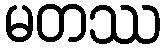
မတဿ